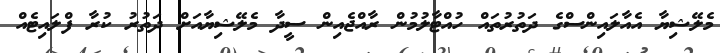
މެލޭޝިޔާ އެއާލައިންސްގެ ދަތުރުތައް ހުއްޓާލުމުން ރާއްޖެއިން ސީދާ މެލޭޝިޔާއަށް ދަތުރު ކުރާ ފްލައިޓެއް